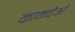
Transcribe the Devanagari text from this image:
कामदेओ